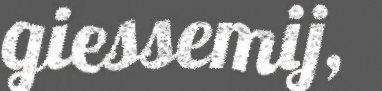
giessemij,